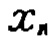
$x_{\mathfrak{n}}$